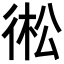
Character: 𢔋